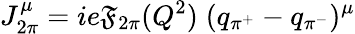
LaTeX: J_{2\pi}^{\mu}=ie\mathfrak{F}_{2\pi}(Q^{2})\; (q_{\pi^{+}}-q_{\pi^{-}})^{\mu}